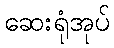
ဆေးရုံအုပ်